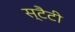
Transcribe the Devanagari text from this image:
स्टैटी